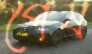
পেষ